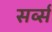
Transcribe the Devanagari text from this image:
सर्व्स